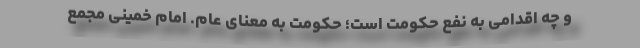
و چه اقدامی به نفع حکومت است؛ حکومت به معنای عام. امام خمینی مجمع